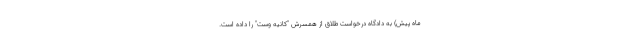
ماه پیش) به دادگاه درخواست طلاق از همسرش "کانیه وست" را داده است.